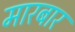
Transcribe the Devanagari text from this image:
मारबार